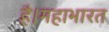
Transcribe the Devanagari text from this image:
है।महाभारत